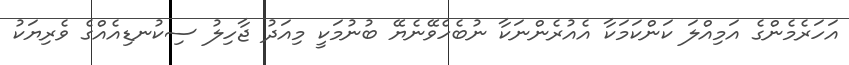
އަހަރެމެންގެ އަމިއްލަ ކަންކަމަކާ އެއުރެންނަކާ ނުބެހެވޭނެޔޭ ބުނުމަކީ މިއަދު ޖާހިލު ސިކުނޑިއެއްގެ ވެރިޔަކު